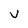
Character: V